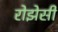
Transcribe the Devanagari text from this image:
रोझेसी